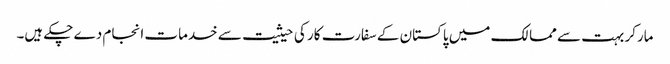
مارکر بہت سے ممالک میں پاکستان کے سفارت کار کی حیثیت سے خدمات انجام دے چکے ہیں۔